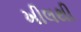
ખીલથી